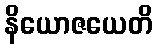
နိယောဇယေတိ